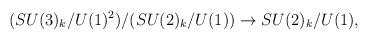
LaTeX: \begin{align*}(SU(3)_{k}/U(1)^{2})/(SU(2)_{k}/U(1)) \rightarrow SU(2)_{k}/U(1),\end{align*}